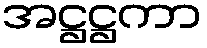
အဋ္ဌဋ္ဌကာ